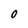
Character: 0